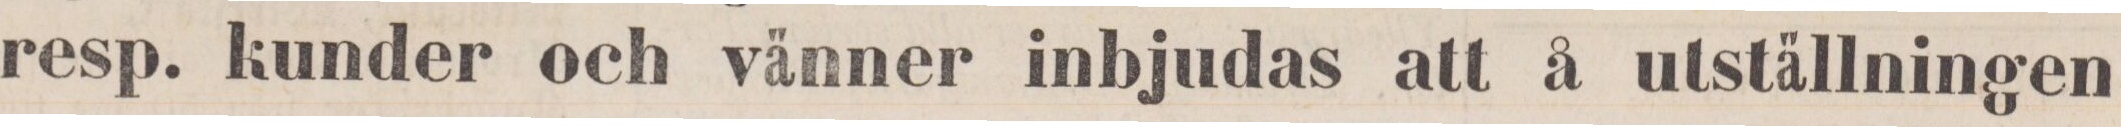
resp. kunder och vänner inbjudas att å utställningen